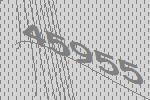
45955